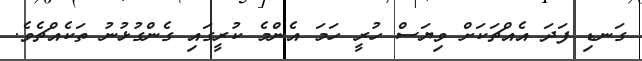
ގަނޑި ފަދަ އެއްޗަކަށް ވިޔަސް ހުރީ ހަމަ އެންމެ ކުރީގައި ގެންގުޅުނު ތަކެއްޗެވެ.